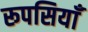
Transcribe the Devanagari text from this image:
रूपसियाँ